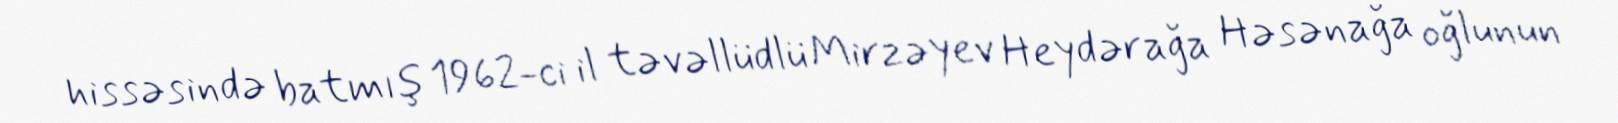
hissəsində batmış 1962-ci il təvəllüdlü Mirzəyev Heydərağa Həsənağa oğlunun